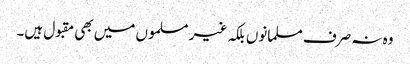
وہ نہ صرف مسلمانوں بلکہ غیر مسلموں میں بھی مقبول ہیں۔